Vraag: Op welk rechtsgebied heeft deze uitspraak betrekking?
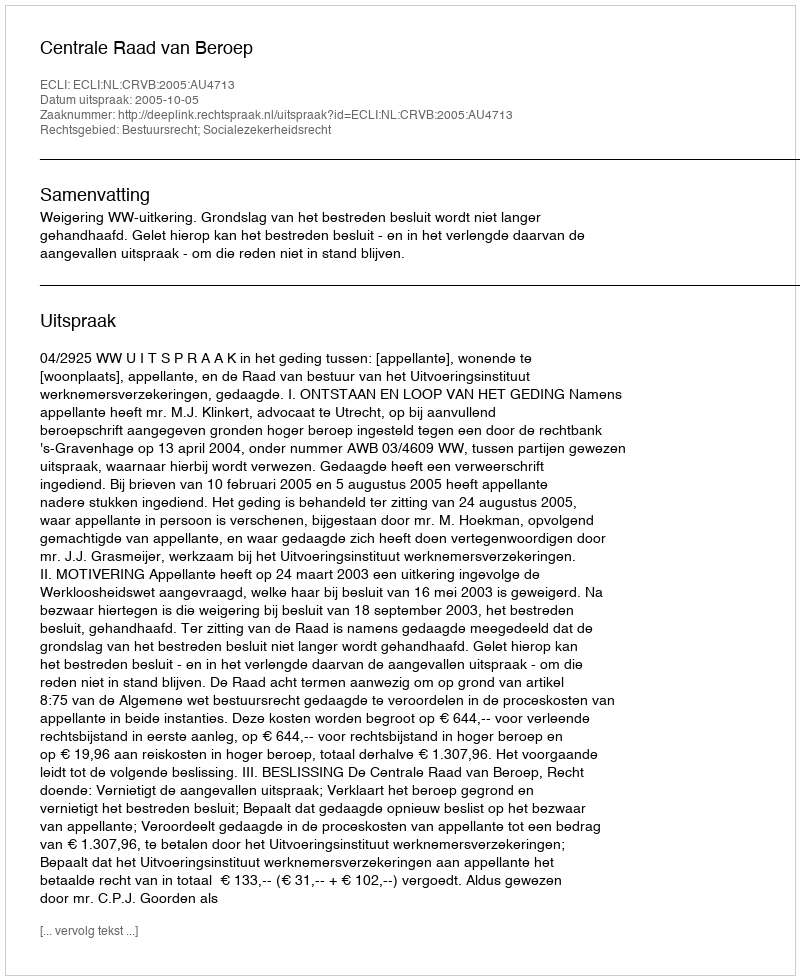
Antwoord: Bestuursrecht; Socialezekerheidsrecht